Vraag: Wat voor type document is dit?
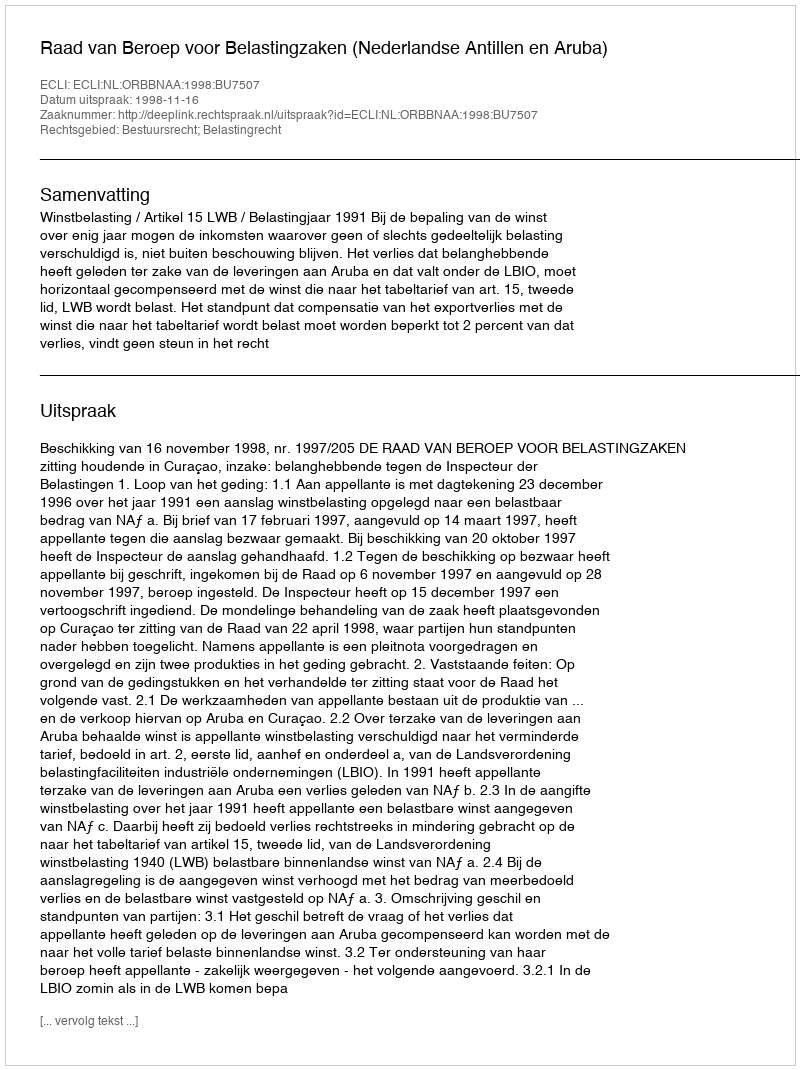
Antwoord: Uitspraak